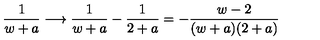
{ \frac { 1 } { w + a } } \longrightarrow { \frac { 1 } { w + a } } - { \frac { 1 } { 2 + a } } = - { \frac { w - 2 } { ( w + a ) ( 2 + a ) } }